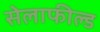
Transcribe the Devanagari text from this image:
सेलाफील्ड